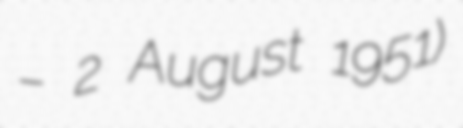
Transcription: – 2 August 1951)